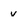
Character: v